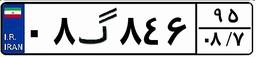
۶۰گ۱۹۹۴۲